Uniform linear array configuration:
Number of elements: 16
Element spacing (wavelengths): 0.5
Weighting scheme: hamming
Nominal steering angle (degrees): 30
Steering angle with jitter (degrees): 28.204
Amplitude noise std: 0.05
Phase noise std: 0.05

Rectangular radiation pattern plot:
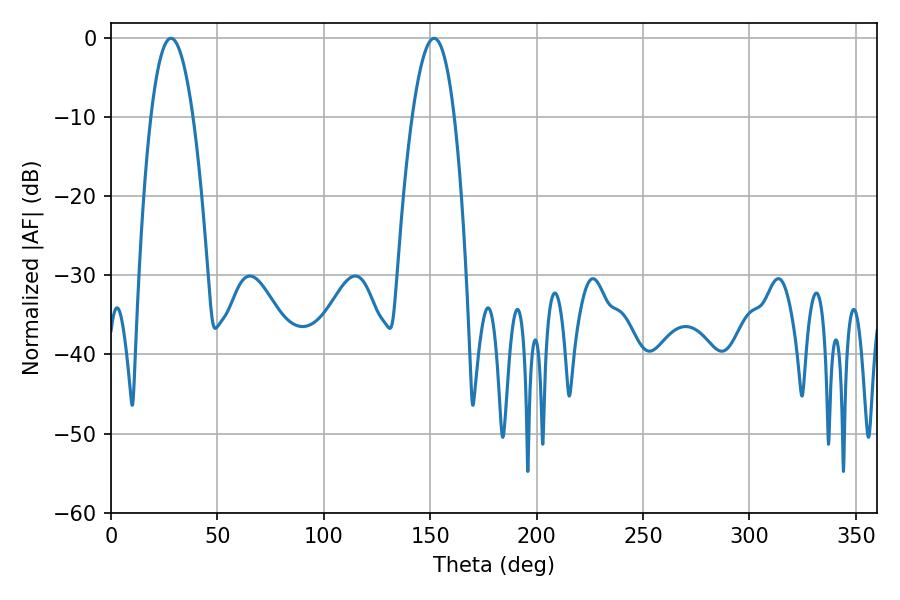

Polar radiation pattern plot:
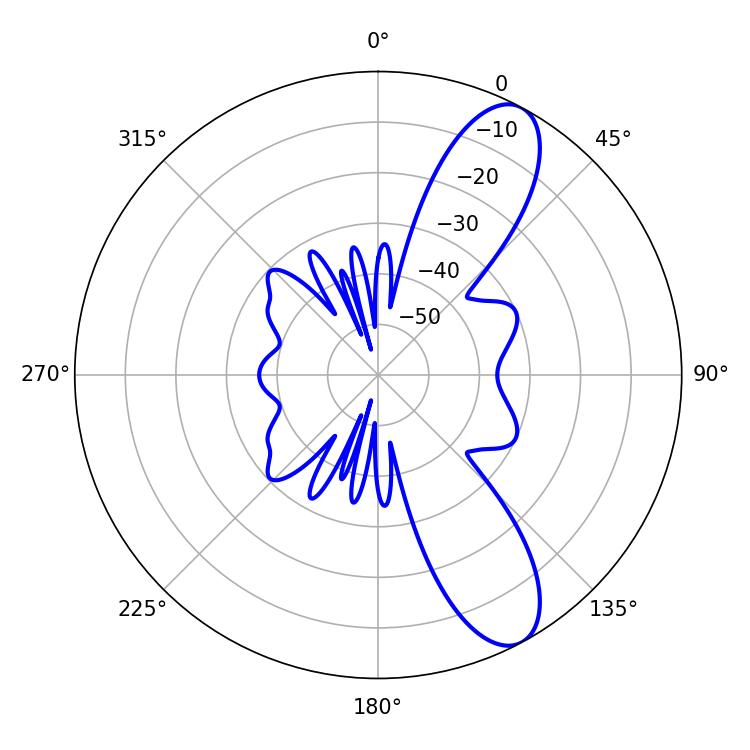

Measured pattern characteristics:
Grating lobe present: FALSE
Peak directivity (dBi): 10.13
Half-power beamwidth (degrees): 10.98
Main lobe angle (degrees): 28.26